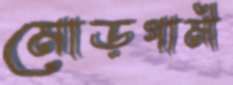
মোড়গামী